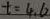
t = 4 . 6